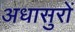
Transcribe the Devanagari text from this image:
अधासुरों